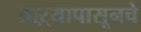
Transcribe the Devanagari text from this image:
ताऱ्यापासूनचे